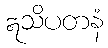
ဣသိပတနံ